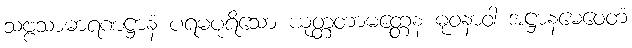
သဗ္ဗသာဓာရဏဋ္ဌာနံ ပရမပုရိသော ယုတ္တတာမတ္တေန ဓုဝနာဝါ အဋ္ဌာနမေဝေတံ